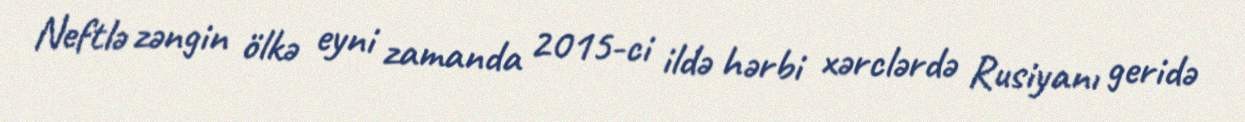
Neftlə zəngin ölkə eyni zamanda 2015-ci ildə hərbi xərclərdə Rusiyanı geridə